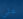
علي